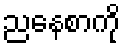
ညနေစာကို